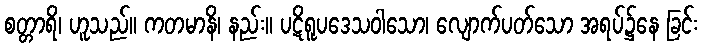
စတ္တာရိ၊ ဟူသည်။ ကတမာနိ၊ နည်း။ ပဋိရူပဒေသဝါသော၊ လျောက်ပတ်သော အရပ်၌နေ ခြင်း